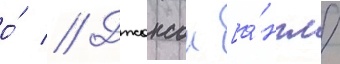
о́ // Джонсон [а́нгл.